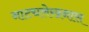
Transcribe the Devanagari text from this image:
नाट्यलेखनास